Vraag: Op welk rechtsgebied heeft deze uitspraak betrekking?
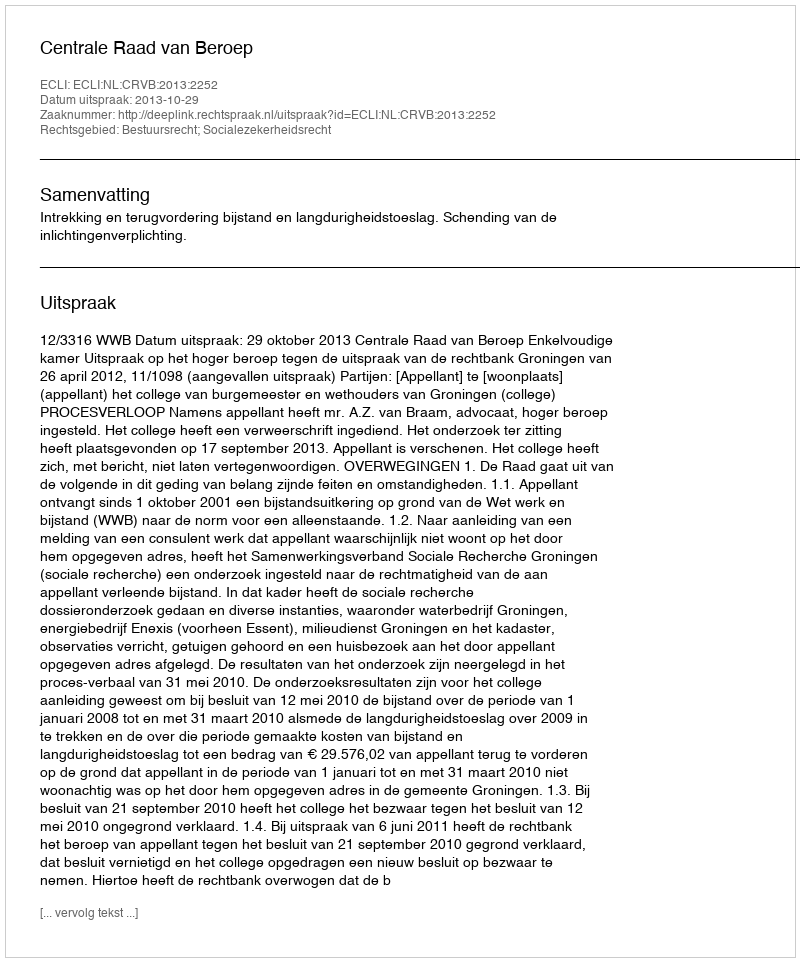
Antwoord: Bestuursrecht; Socialezekerheidsrecht